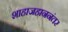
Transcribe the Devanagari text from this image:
शाहाजहाननंतर